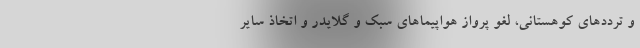
و ترددهای کوهستانی، لغو پرواز هواپیماهای سبک و گلایدر و اتخاذ سایر